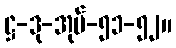
ဋ္ဌ-ဒု-အုပ်-၅၁-၅၂။